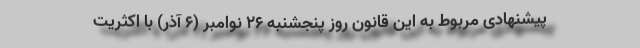
پیشنهادی مربوط به این قانون روز پنجشنبه ۲۶ نوامبر (۶ آذر) با اکثریت